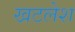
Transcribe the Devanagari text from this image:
खटलेश